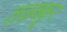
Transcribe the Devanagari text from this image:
तज़क्कुर